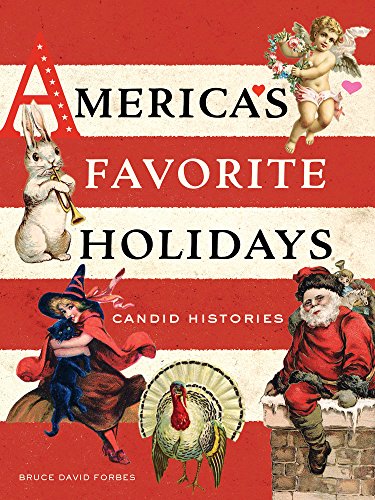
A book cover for America's Favorite Holidays: Candid Histories; Bruce David Forbes; Politics & Social Sciences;